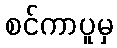
စင်ကာပူမှ